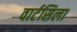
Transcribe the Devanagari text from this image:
वार्टसिला